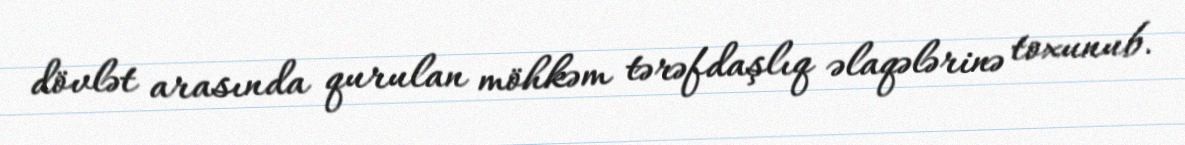
dövlət arasında qurulan möhkəm tərəfdaşlıq əlaqələrinə toxunub.